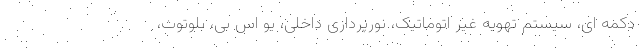
دکمه ای، سیستم تهویه غیر اتوماتیک، نورپردازی داخلی، یو اس بی، بلوتوث،